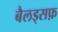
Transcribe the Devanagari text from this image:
बैलड्सफ़